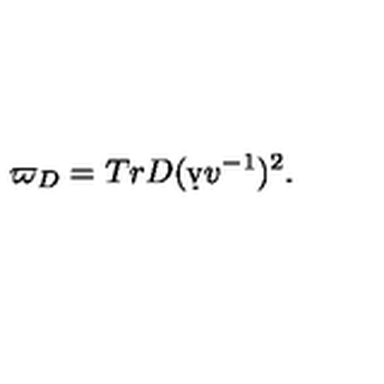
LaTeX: \varpi _ { D } = T r D ( \d v v ^ { - 1 } ) ^ { 2 } .